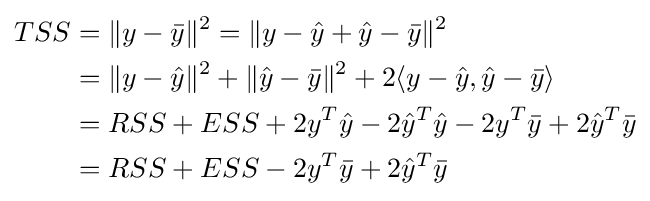
{\begin{aligned}TSS&=\|y-{\bar {y}}\|^{2}=\|y-{\hat {y}}+{\hat {y}}-{\bar {y}}\|^{2}\\&=\|y-{\hat {y}}\|^{2}+\|{\hat {y}}-{\bar {y}}\|^{2}+2\langle y-{\hat {y}},{\hat {y}}-{\bar {y}}\rangle \\&=RSS+ESS+2y^{T}{\hat {y}}-2{\hat {y}}^{T}{\hat {y}}-2y^{T}{\bar {y}}+2{\hat {y}}^{T}{\bar {y}}\\&=RSS+ESS-2y^{T}{\bar {y}}+2{\hat {y}}^{T}{\bar {y}}\end{aligned}}